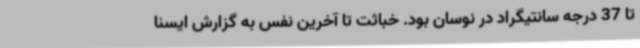
تا 37 درجه سانتیگراد در نوسان بود. خباثت تا آخرین نفس به گزارش ایسنا